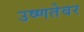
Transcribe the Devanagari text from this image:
उष्णतेवर